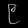
Digit: ၉